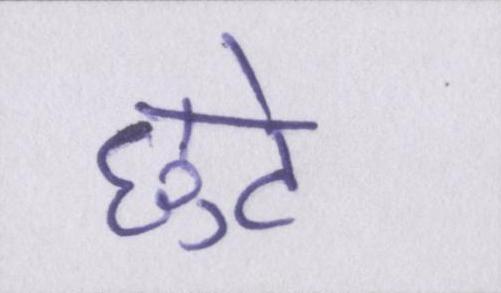
छुटे